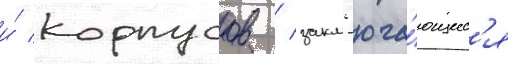
и́ корпусов / закл'юча́ющиес'я